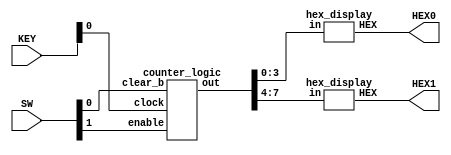
module counter (KEY, SW, HEX0, HEX1);
  input [1:0] SW;
  input [3:0] KEY;
  output [6:0] HEX0;
  output [6:0] HEX1;

  wire [7:0] temp;

  counter_logic c0(.enable(SW[1]), .clock(KEY[0]), .clear_b(SW[0]), .out(temp));

  hex_display h1(.in(temp[7:4]), .HEX(HEX1));
  hex_display h0(.in(temp[3:0]), .HEX(HEX0));
endmodule // counter

module counter_logic (enable, clock, clear_b, out);
  input enable, clock, clear_b;
  output [7:0] out;
  wire zero;
  wire one;
  wire two;
  wire three;
  wire four;
  wire five;
  wire six;

  assign zero = (enable & out[0]);
  assign one = (zero & out[1]);
  assign two = (one & out[2]);
  assign three = (two & out[3]);
  assign four = (three & out[4]);
  assign five = (four & out[5]);
  assign six = (five & out[6]);

  my_tff m0(.clk(clock), .clear(clear_b), .t(enable), .q(out[0]));
  my_tff m1(.clk(clock), .clear(clear_b), .t(zero), .q(out[1]));
  my_tff m2(.clk(clock), .clear(clear_b), .t(one), .q(out[2]));
  my_tff m3(.clk(clock), .clear(clear_b), .t(two), .q(out[3]));
  my_tff m4(.clk(clock), .clear(clear_b), .t(three), .q(out[4]));
  my_tff m5(.clk(clock), .clear(clear_b), .t(four), .q(out[5]));
  my_tff m6(.clk(clock), .clear(clear_b), .t(five), .q(out[6]));
  my_tff m7(.clk(clock), .clear(clear_b), .t(six), .q(out[7]));

endmodule // counter_logic

//=========================================================

module my_tff (clk, clear, t, q);
  input clk, clear, t;
  output q;
  reg q;

  always @ ( posedge clk, negedge clear )
    begin
      if (clear == 1'b0)
        q <= 1'b0;
      else
        if (t == 1'b1)
          q <= ~q;
  end
endmodule // tff

//========================================================

//assign in and HEX
module hex_display(in, HEX);
	input [3:0] in;
	output [6:0] HEX;

	s0 u0(.c3(in[3]),
				  .c2(in[2]),
				  .c1(in[1]),
				  .c0(in[0]),
				  .o(HEX[0])
				  );

	s1 u1(.c3(in[3]),
				  .c2(in[2]),
				  .c1(in[1]),
				  .c0(in[0]),
				  .o(HEX[1])
				  );


	s2 u2(.c3(in[3]),
				  .c2(in[2]),
				  .c1(in[1]),
				  .c0(in[0]),
				  .o(HEX[2])
				  );


	s3 u3(.c3(in[3]),
				  .c2(in[2]),
				  .c1(in[1]),
				  .c0(in[0]),
				  .o(HEX[3])
				  );


	s4 u4(.c3(in[3]),
				  .c2(in[2]),
				  .c1(in[1]),
				  .c0(in[0]),
				  .o(HEX[4])
				  );


	s5 u5(.c3(in[3]),
				  .c2(in[2]),
				  .c1(in[1]),
				  .c0(in[0]),
				  .o(HEX[5])
				  );


	s6 u6(.c3(in[3]),
				  .c2(in[2]),
				  .c1(in[1]),
				  .c0(in[0]),
				  .o(HEX[6])
				  );

endmodule

//module for s0
module s0(c3, c2, c1, c0, o);
	input c3, c2, c1, c0;
	output o;

	assign o = ~c3 & ~c2 & ~c1 & c0 | ~c3 & c2 & ~c1 & ~c0 | c3 & c2 & ~c1 & c0 | c3 & ~c2 & c1 & c0;
endmodule


//module for s1
module s1(c3, c2, c1, c0, o);
	input c3, c2, c1, c0;
	output o;

	assign o = ~c3 & c2 & ~c1 & c0 | c3 & c2 & ~c0 | c1 & c0 & c3 | c1 & ~c0 & c2;
endmodule


//module for s2
module s2(c3, c2, c1, c0, o);
	input c3, c2, c1, c0;
	output o;

	assign o = ~c3 & ~c2 & c1 & ~c0 | c3 & c2 & ~c0 | c3 & c2 & c1;
endmodule


//module for s3
module s3(c3, c2, c1, c0, o);
	input c3, c2, c1, c0;
	output o;

	assign o = ~c3 & c2 & ~c1 & ~c0 | c3 & ~c2 & c1 & ~c0 | ~c1 & c0 & ~c2 | c1 & c0 & c2;
endmodule


//module for s4
module s4(c3, c2, c1, c0, o);
	input c3, c2, c1, c0;
	output o;

	assign o = ~c3 & c0 | ~c3 & c2 & ~c1 | ~c1 & c0 & ~c2;
endmodule


//module for s5
module s5(c3, c2, c1, c0, o);
	input c3, c2, c1, c0;
	output o;

	assign o = c3 & c2 & ~c1 & c0 | c1 & c0 & ~c3 | ~c3 & ~c2 & c0 | ~c3 & ~c2 & c1;
endmodule


//module for s6
module s6(c3, c2, c1, c0, o);
	input c3, c2, c1, c0;
	output o;

	assign o = ~c3 & c2 & c1 & c0 | c3 & c2 & ~c1 & ~c0 | ~c3 & ~c2 & ~c1;
endmodule